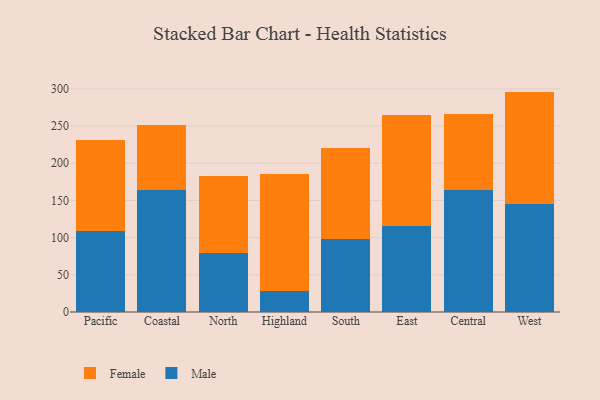
{"axis": {"x": "Region", "y": "Energy Usage (MWh)"}, "legend": ["Female", "Male"], "data": [{"x": "Pacific", "y": 108.4, "type": "Male"}, {"x": "Pacific", "y": 123.2, "type": "Female"}, {"x": "Coastal", "y": 163.5, "type": "Male"}, {"x": "Coastal", "y": 88.0, "type": "Female"}, {"x": "North", "y": 79.1, "type": "Male"}, {"x": "North", "y": 103.3, "type": "Female"}, {"x": "Highland", "y": 27.9, "type": "Male"}, {"x": "Highland", "y": 157.9, "type": "Female"}, {"x": "South", "y": 98.6, "type": "Male"}, {"x": "South", "y": 121.5, "type": "Female"}, {"x": "East", "y": 116.1, "type": "Male"}, {"x": "East", "y": 148.5, "type": "Female"}, {"x": "Central", "y": 164.3, "type": "Male"}, {"x": "Central", "y": 101.9, "type": "Female"}, {"x": "West", "y": 145.2, "type": "Male"}, {"x": "West", "y": 151.1, "type": "Female"}]}